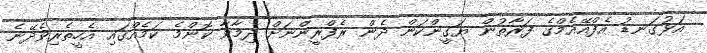
އަޅުގަނޑު އެފްއޭއެމްގެ ފަރާތުން ޔަގީންކަން ދެން ރެފްރީންނަށް ދިމާވާ ކޮންމެ ކަމެއްގައި އެހީތެރިވެދޭނެ